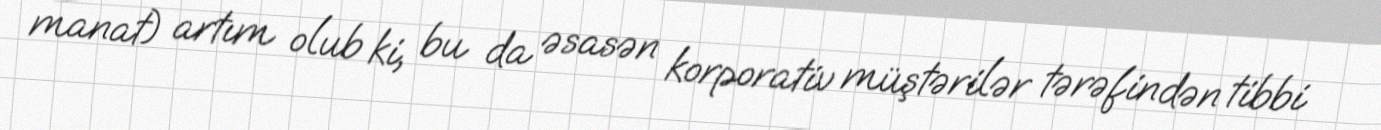
manat) artım olub ki, bu da əsasən korporativ müştərilər tərəfindən tibbi